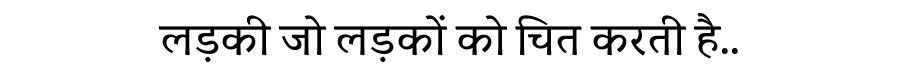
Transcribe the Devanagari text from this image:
लड़की जो लड़कों को चित करती है..